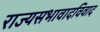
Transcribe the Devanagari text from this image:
राज्यसभावादविवाद